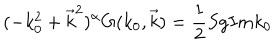
LaTeX: ( - k _ { 0 } ^ { 2 } + \vec { k } ^ { 2 } ) ^ { \alpha } G ( k _ { 0 } , \vec { k } ) = \frac { 1 } { 2 } S g I m k _ { 0 }